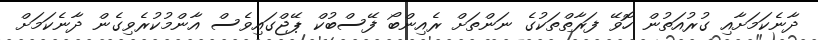
ދާނެކަމަށާއި ގުރުއަތުން ހޮވޭ ފަރާތްތަކުގެ ނަންތަށް ރެއިންބޯ ފޭސްބުކް ޕޭޖްގައިވެސް އާންމުކުރެވިގެން ދާނެކަމަށް